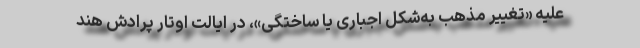
علیه «تغییر مذهب به‌شکل اجباری یا ساختگی»، در ایالت اوتار پرادش هند